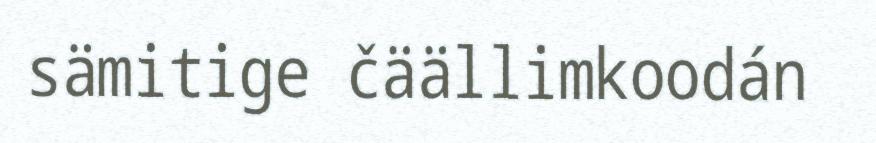
sämitige čäällimkoodán